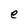
Character: e